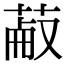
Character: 𦳋